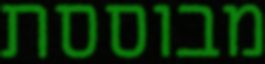
מבוססת